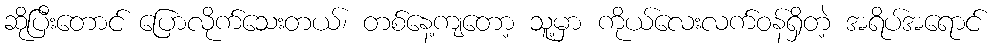
ဆိုပြီးတောင် ပြောလိုက်သေးတယ်၊ တစ်နေ့ကျတော့ သူ့မှာ ကိုယ်လေးလက်ဝန်ရှိတဲ့ အရိပ်အရောင်